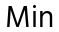
Min